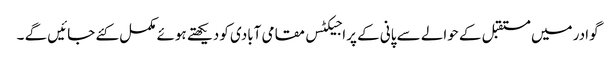
گوادر میں مستقبل کے حوالے سے پانی کے پراجیکٹس مقامی آبادی کو دیکھتے ہوئے مکمل کئے جائیں گے ۔